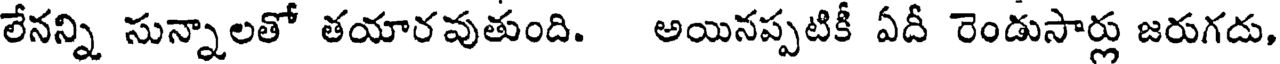
లేనన్ని సున్నాలతో తయారవుతుంది. అయినప్పటికీ ఏదీ రెండుసార్లు జరుగదు,